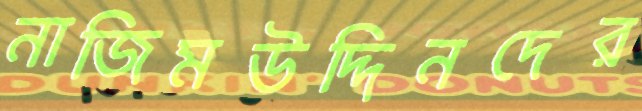
নাজিমউদ্দিনদের